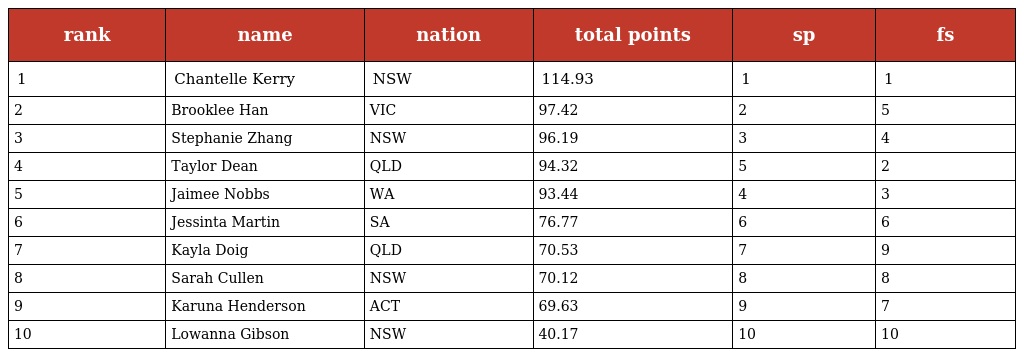
| rank | name | nation | total points | sp | fs |
 | --- | --- | --- | --- | --- | --- |
 | 1 | Chantelle Kerry | NSW | 114.93 | 1 | 1 |
 | 2 | Brooklee Han | VIC | 97.42 | 2 | 5 |
 | 3 | Stephanie Zhang | NSW | 96.19 | 3 | 4 |
 | 4 | Taylor Dean | QLD | 94.32 | 5 | 2 |
 | 5 | Jaimee Nobbs | WA | 93.44 | 4 | 3 |
 | 6 | Jessinta Martin | SA | 76.77 | 6 | 6 |
 | 7 | Kayla Doig | QLD | 70.53 | 7 | 9 |
 | 8 | Sarah Cullen | NSW | 70.12 | 8 | 8 |
 | 9 | Karuna Henderson | ACT | 69.63 | 9 | 7 |
 | 10 | Lowanna Gibson | NSW | 40.17 | 10 | 10 |